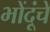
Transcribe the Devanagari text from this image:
भोंदूंचे